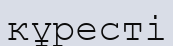
кұресті